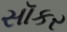
સૉકર